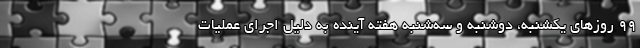
99 روزهای یکشنبه، دوشنبه و سه‌شنبه هفته آینده به دلیل اجرای عملیات